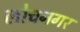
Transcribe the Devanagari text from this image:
लोचनगर